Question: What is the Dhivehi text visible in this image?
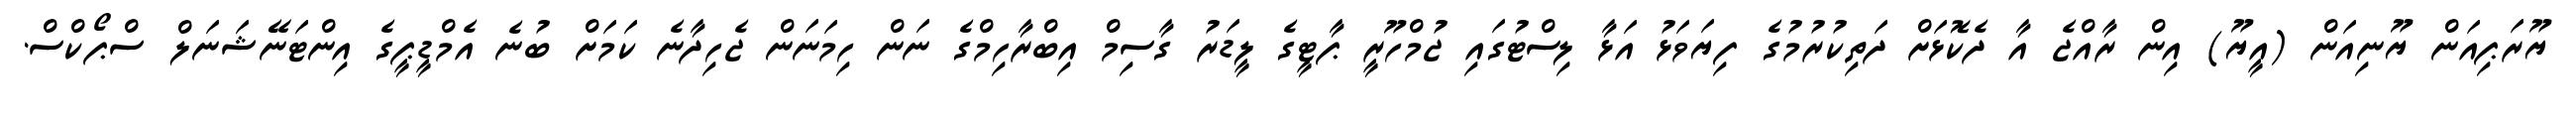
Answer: ޔޫރަޕިއަން ޔޫނިއަން (އީޔޫ) އިން ރާއްޖެ އާ ދެކޮޅަށް ދަތިކުރުމުގެ ފިޔަވަޅު އަޅާ ލިސްޓުގައި ޖުމްހޫރީ ޕާޓީގެ ލީޑަރު ގާސިމް އިބްރާހިމްގެ ނަން ހިމަނަން ޖެހިދާނެ ކަމަށް ބުނެ އެމްޑީޕީގެ އިންޓަނޭޝަނަލް ސްޕޯކްސް.